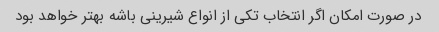
در صورت امکان اگر انتخاب تکی از انواع شیرینی باشه بهتر خواهد بود